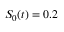
S _ { 0 } ( t ) = 0 . 2